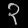
Digit: ၃